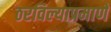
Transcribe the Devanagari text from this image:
ठरविल्याप्रमाणे